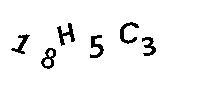
18H5C3